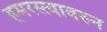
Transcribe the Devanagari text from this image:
हमरस्त्यावरुन